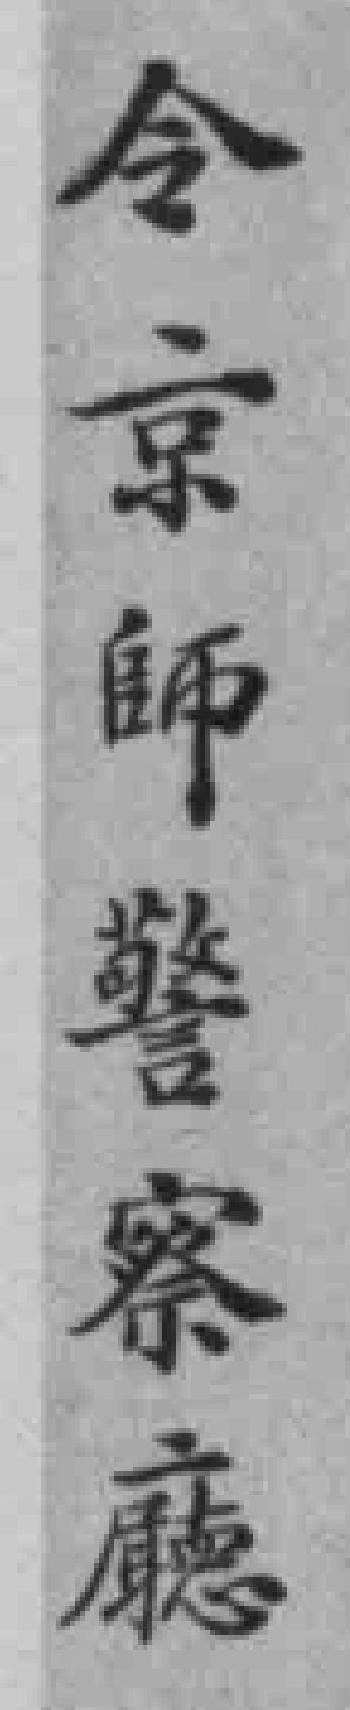
令京師警察廳